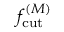
\ensuremath { f _ { \mathrm { c u t } } ^ { ( M ) } }